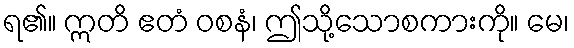
ရ၏။ ဣတိ ဧတံ ဝစနံ၊ ဤသို့သောစကားကို။ မေ၊